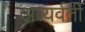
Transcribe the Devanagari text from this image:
अंत्यर्वर्ती